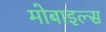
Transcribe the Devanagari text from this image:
मोबाइल्स